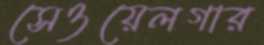
সেওয়েলগার